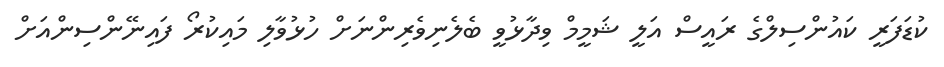
ކުޑަފަރީ ކައުންސިލްގެ ރައީސް އަލީ ޝަމީމް ވިދާޅުވީ ބެލެނިވެރިންނަށް ހުޅުވާލި މައިކުރޯ ފައިނޭންސިންއަށް